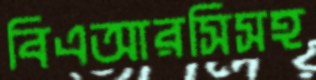
বিএআরসিসহ